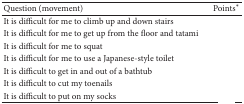
<table><thead><tr><td><b>Question (movement)</b></td><td><b>Points<sup><i>∗</i></sup></b></td></tr></thead><tbody><tr><td>It is difficult for me to climb up and down stairs</td><td>[EMPTY_CELL]</td></tr><tr><td>It is difficult for me to get up from the floor and tatami</td><td>[EMPTY_CELL]</td></tr><tr><td>It is difficult for me to squat</td><td>[EMPTY_CELL]</td></tr><tr><td>It is difficult for me to use a Japanese-style toilet</td><td>[EMPTY_CELL]</td></tr><tr><td>It is difficult to get in and out of a bathtub</td><td>[EMPTY_CELL]</td></tr><tr><td>It is difficult to cut my toenails</td><td>[EMPTY_CELL]</td></tr><tr><td>It is difficult to put on my socks</td><td>[EMPTY_CELL]</td></tr></tbody></table>